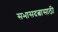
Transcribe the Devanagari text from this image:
सभासदत्वासाठी